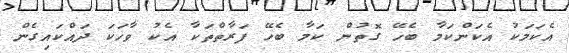
އެކަމަކު އެކަންކަމާ ބެހޭ ގޮތުން ކަމާ ބެހޭ ފަރާތްތަކާ އެކު ވާހަކަ ދައްކައިގެން